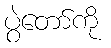
ပွဲတော်ကို